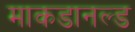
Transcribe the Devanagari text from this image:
माकडानल्ड